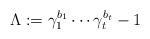
LaTeX: \begin{align*}\Lambda:=\gamma_1^{b_1}\cdots\gamma_t^{b_t} - 1\end{align*}